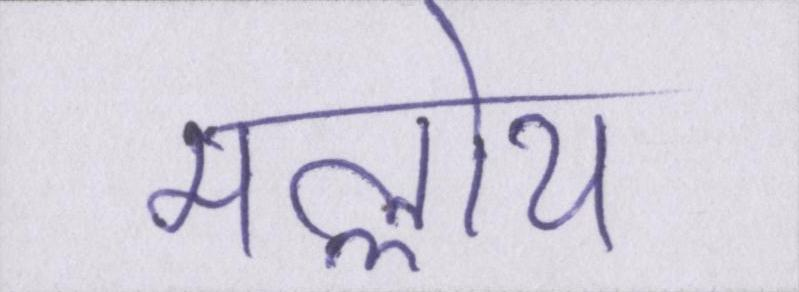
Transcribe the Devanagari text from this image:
मल्लोय